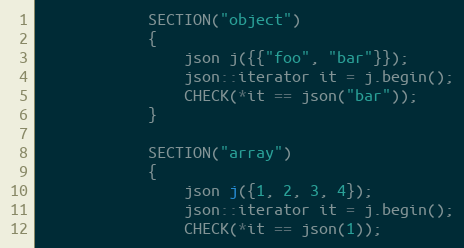
Language: C++
            SECTION("object")
            {
                json j({{"foo", "bar"}});
                json::iterator it = j.begin();
                CHECK(*it == json("bar"));
            }

            SECTION("array")
            {
                json j({1, 2, 3, 4});
                json::iterator it = j.begin();
                CHECK(*it == json(1));